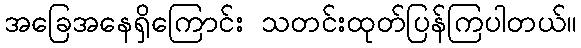
အခြေအနေရှိကြောင်း သတင်းထုတ်ပြန်ကြပါတယ်။